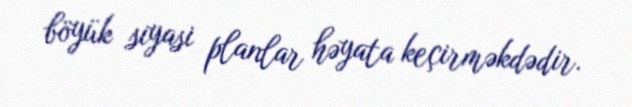
böyük siyasi planlar həyata keçirməkdədir.